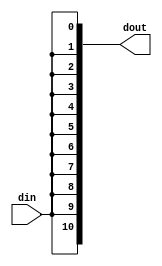
module SocketTestLoopback_STQFN14(din, dout);

	////////////////////////////////////////////////////////////////////////////////////////////////////////////////////
	// I/O declarations

	(* LOC = "P2" *)
	input wire din;

	(* LOC = "P14 P13 P12 P11 P10 P9 P7 P6 P5 P4 P3" *)
	output wire[10:0] dout;

	////////////////////////////////////////////////////////////////////////////////////////////////////////////////////
	// The actual logic

	//... if you can even call it that!
	assign dout = {11{din}};

endmodule